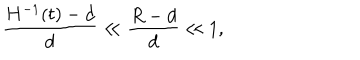
\frac { H ^ { - 1 } ( t ) - d } { d } \ll \frac { R - d } { d } \ll 1 ,